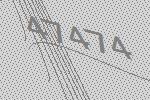
47474